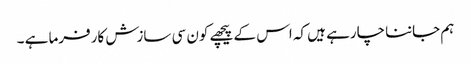
ہم جاننا چارہے ہیں کہ اس کے پیچھے کون سی سازش کارفرما ہے ۔